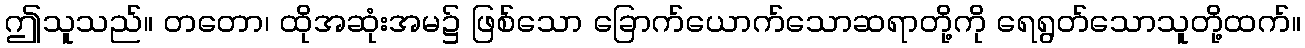
ဤသူသည်။ တတော၊ ထိုအဆုံးအမ၌ ဖြစ်သော ခြောက်ယောက်သောဆရာတို့ကို ရေရွတ်သောသူတို့ထက်။